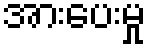
အားပေးမှု